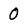
Character: 0